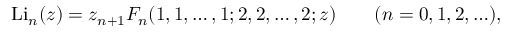
\operatorname { L i } _ { n } ( z ) = z _ { n + 1 } F _ { n } ( 1 , 1 , \dots , 1 ; 2 , 2 , \dots , 2 ; z ) \qquad ( n = 0 , 1 , 2 , \ldots ) ,